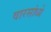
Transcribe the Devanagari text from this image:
वारसांध्ये